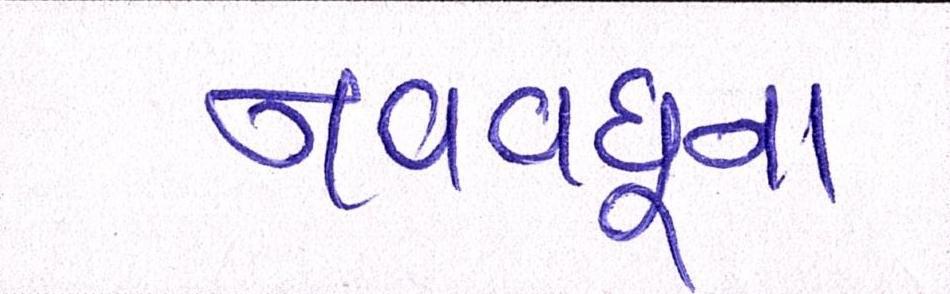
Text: નવવધૂના